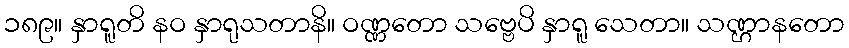
၁၈၉။ နှာရူတိ နဝ နှာရုသတာနိ။ ဝဏ္ဏတော သဗ္ဗေပိ နှာရူ သေတာ။ သဏ္ဌာနတော